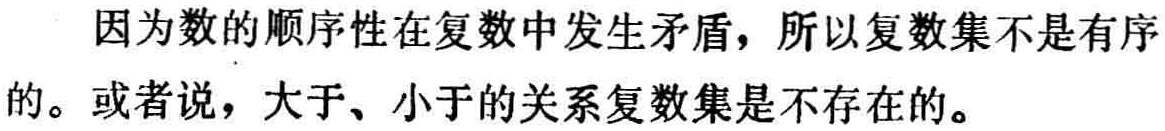
因为数的顺序性在复数中发生矛盾，所以复数集不是有序的。或者说，大于、小于的关系复数集是不存在的。